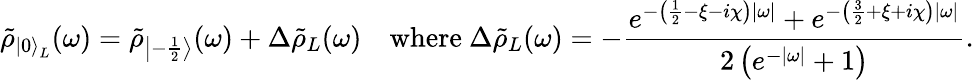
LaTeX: \tilde{\rho}_{{\left|0\right\rangle}_{L}}(\omega)=\tilde{\rho}_{\left|-\frac 12\right\rangle}(\omega)+\Delta\tilde{\rho}_{L}(\omega)\quad\mathrm{where}~\Delta\tilde{\rho}_{L}(\omega)=-\frac{e^{-\left(\frac{1}{2}-\xi-i\chi\right)|\omega|}+e^{-\left(\frac{3}{2}+\xi+i\chi\right)|\omega|}}{2\left(e^{-|\omega|}+1\right)}.